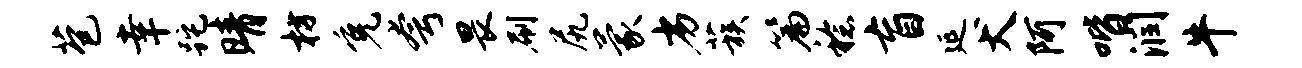
苞幸跎晴枋免夸畏刷尻蒙劣蔟篇稔盲延犬阿喈润牛